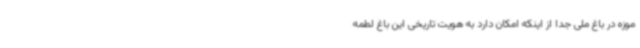
موزه در باغ ملی جدا از اینکه امکان دارد به هویت تاریخی این باغ لطمه